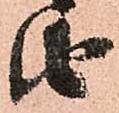
由